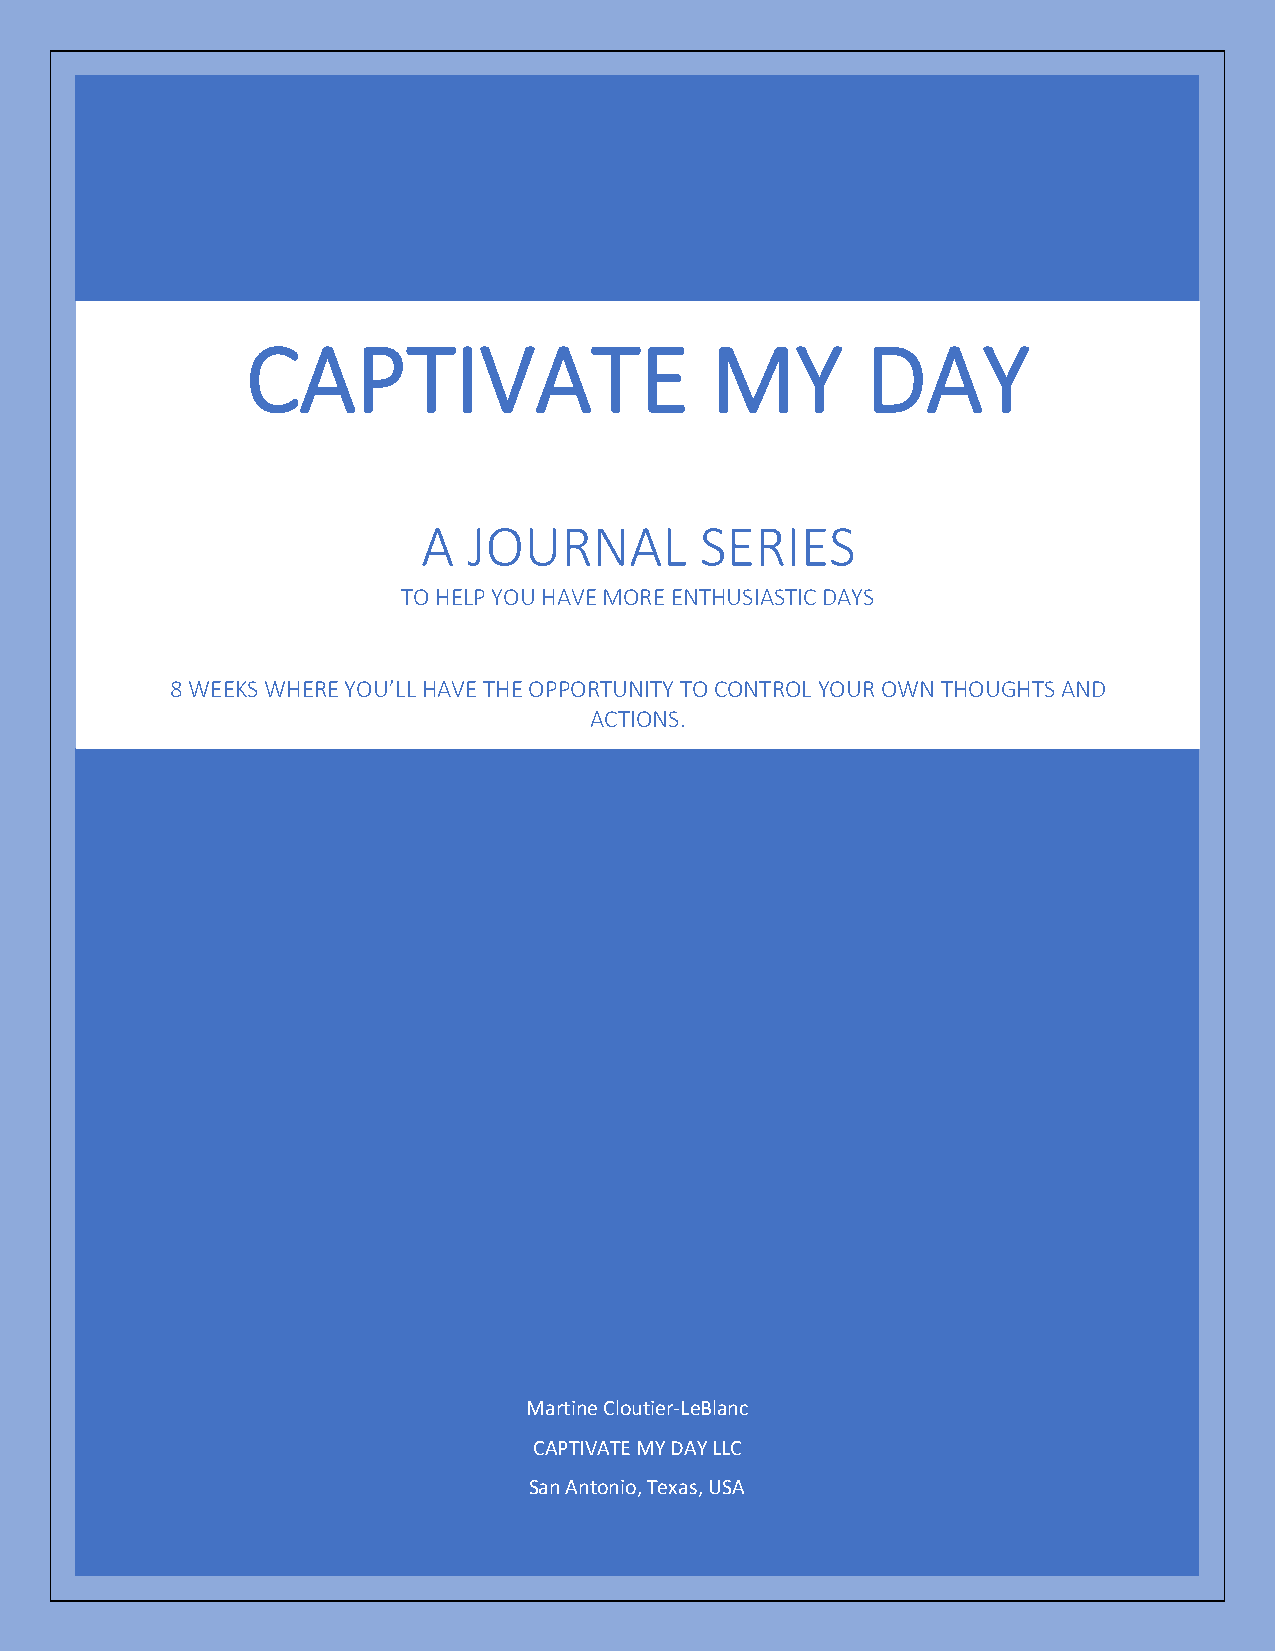
CAPTIVATE                      MY        DAY
 A  JOURNAL        SERIES
 TO HELP YOU HAVE MORE ENTHUSIASTIC DAYS
 8 WEEKS WHERE YOU’LL HAVE THE OPPORTUNITY TO CONTROL YOUR OWN THOUGHTS AND
 ACTIONS.
 Martine Cloutier-LeBlanc
 CAPTIVATE MY DAY LLC
 San Antonio, Texas, USA